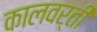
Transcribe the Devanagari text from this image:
कालवर्ती